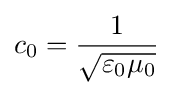
c_{0}={\frac {1}{\sqrt {\varepsilon _{0}\mu _{0}}}}